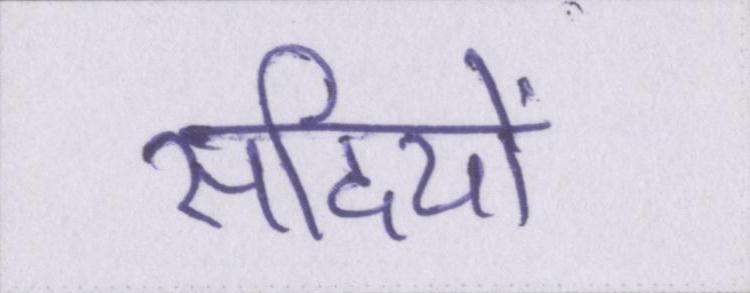
सदियों